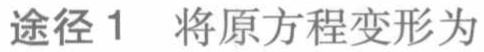
途径1 将原方程变形为